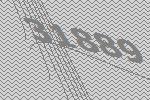
31889